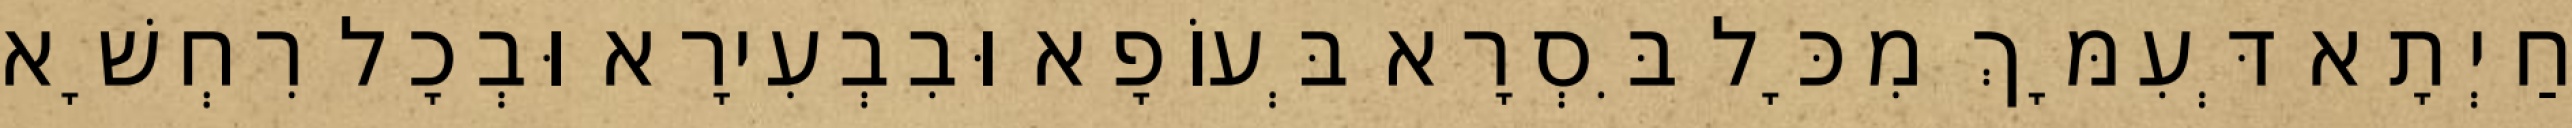
חַיְתָא דְּעִמָּךְ מִכָּל בִּסְרָא בְּעוֹפָא וּבִבְעִירָא וּבְכָל רִחְשָׁא